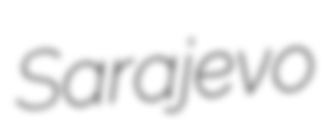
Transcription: Sarajevo